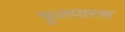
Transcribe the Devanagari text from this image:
फुलपारस